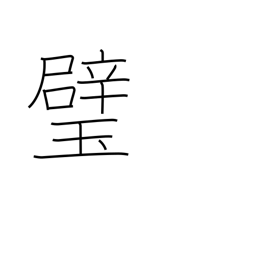
Meaning: sphere